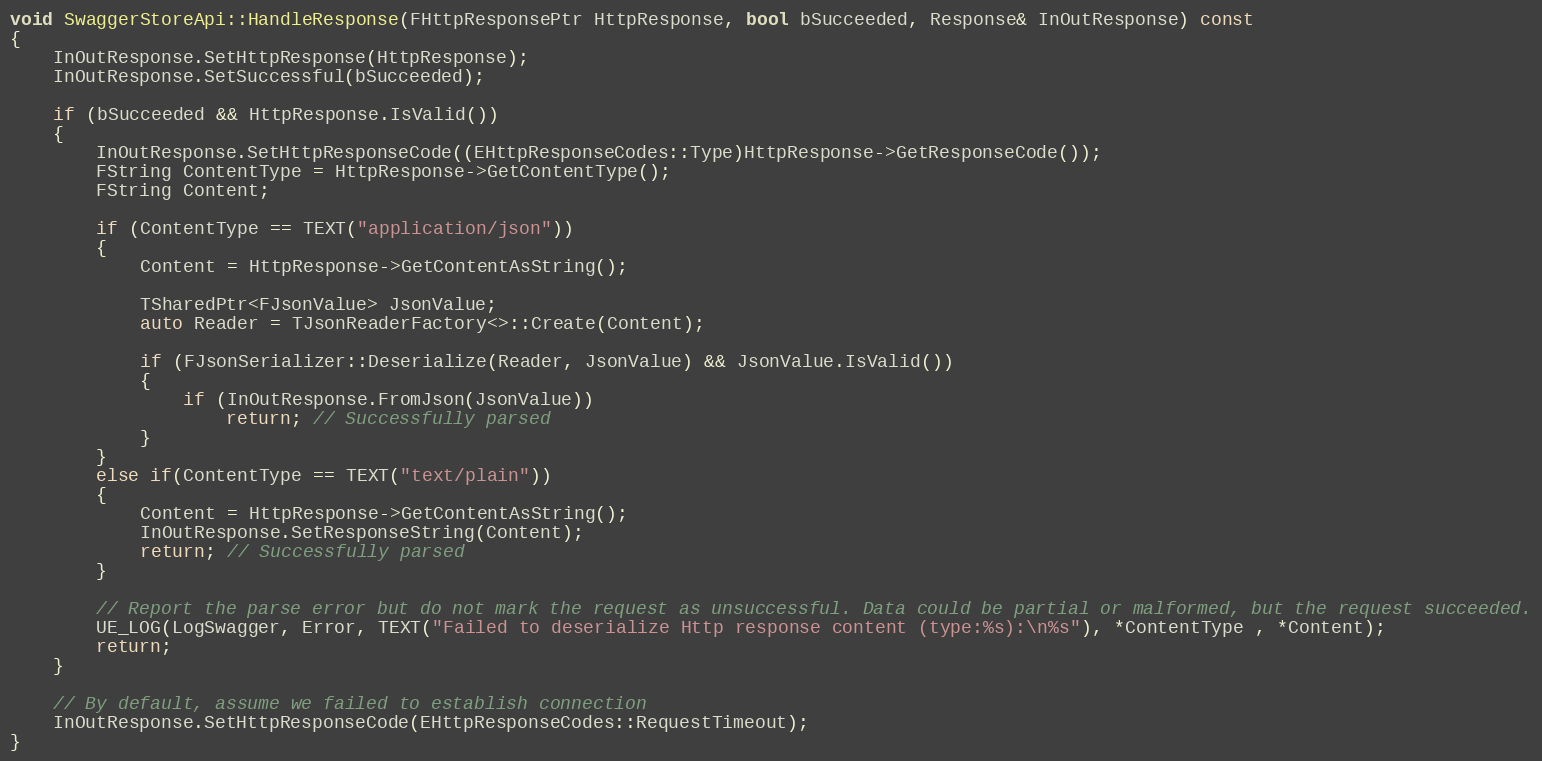
Language: C++
void SwaggerStoreApi::HandleResponse(FHttpResponsePtr HttpResponse, bool bSucceeded, Response& InOutResponse) const
{
	InOutResponse.SetHttpResponse(HttpResponse);
	InOutResponse.SetSuccessful(bSucceeded);

	if (bSucceeded && HttpResponse.IsValid())
	{
		InOutResponse.SetHttpResponseCode((EHttpResponseCodes::Type)HttpResponse->GetResponseCode());
		FString ContentType = HttpResponse->GetContentType();
		FString Content;

		if (ContentType == TEXT("application/json"))
		{
			Content = HttpResponse->GetContentAsString();

			TSharedPtr<FJsonValue> JsonValue;
			auto Reader = TJsonReaderFactory<>::Create(Content);

			if (FJsonSerializer::Deserialize(Reader, JsonValue) && JsonValue.IsValid())
			{
				if (InOutResponse.FromJson(JsonValue))
					return; // Successfully parsed
			}
		}
		else if(ContentType == TEXT("text/plain"))
		{
			Content = HttpResponse->GetContentAsString();
			InOutResponse.SetResponseString(Content);
			return; // Successfully parsed
		}

		// Report the parse error but do not mark the request as unsuccessful. Data could be partial or malformed, but the request succeeded.
		UE_LOG(LogSwagger, Error, TEXT("Failed to deserialize Http response content (type:%s):\n%s"), *ContentType , *Content);
		return;
	}

	// By default, assume we failed to establish connection
	InOutResponse.SetHttpResponseCode(EHttpResponseCodes::RequestTimeout);
}